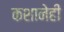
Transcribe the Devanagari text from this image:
कशानेही